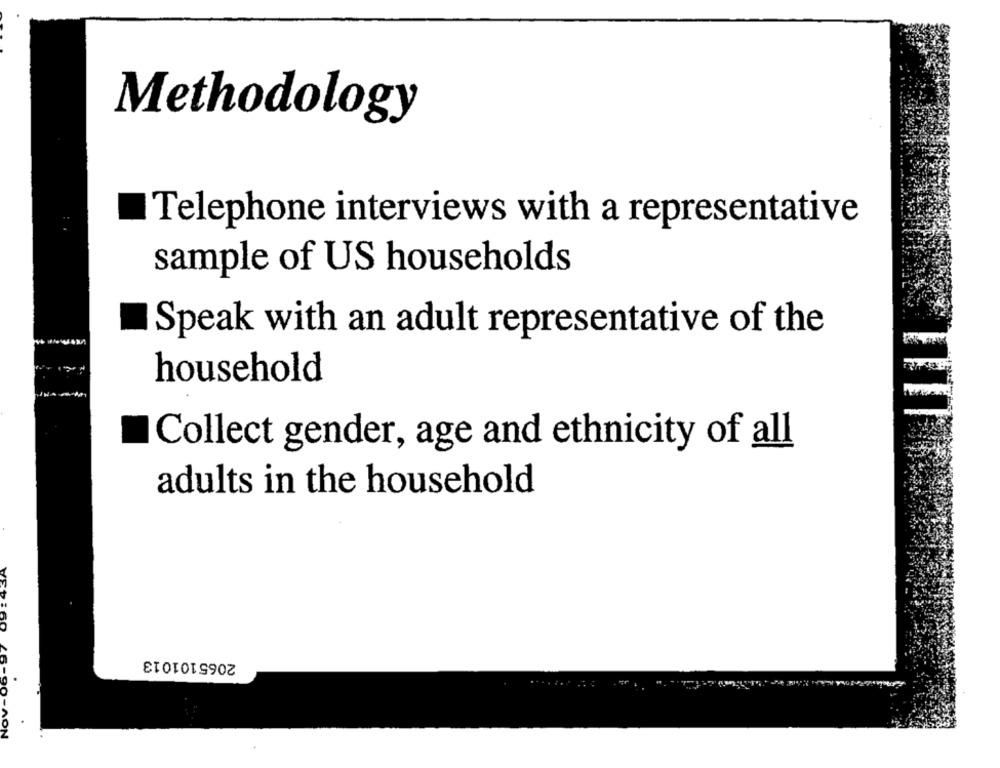
Methodology
Telephone interviews with a representative
sample of US households
Speak with an adult representative of the
household
Collect gender, age and ethnicity of all
adults in the household
: 60
2065101013
L6-90-AON